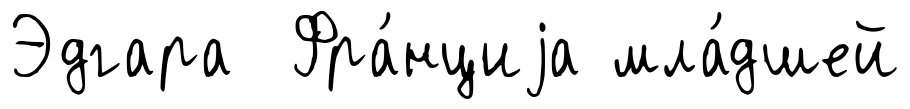
Эдгара Фра́нциjа мла́дшей